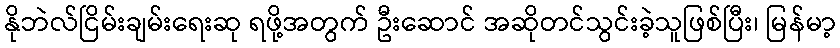
နိုဘဲလ်ငြိမ်းချမ်းရေးဆု ရဖို့အတွက် ဦးဆောင် အဆိုတင်သွင်းခဲ့သူဖြစ်ပြီး၊ မြန်မာ့